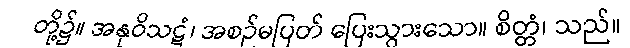
တို့၌။ အနုဝိသဋံ၊ အစဉ်မပြတ် ပြေးသွားသော။ စိတ္တံ၊ သည်။